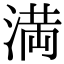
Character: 満